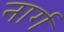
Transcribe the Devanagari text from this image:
नार्ग